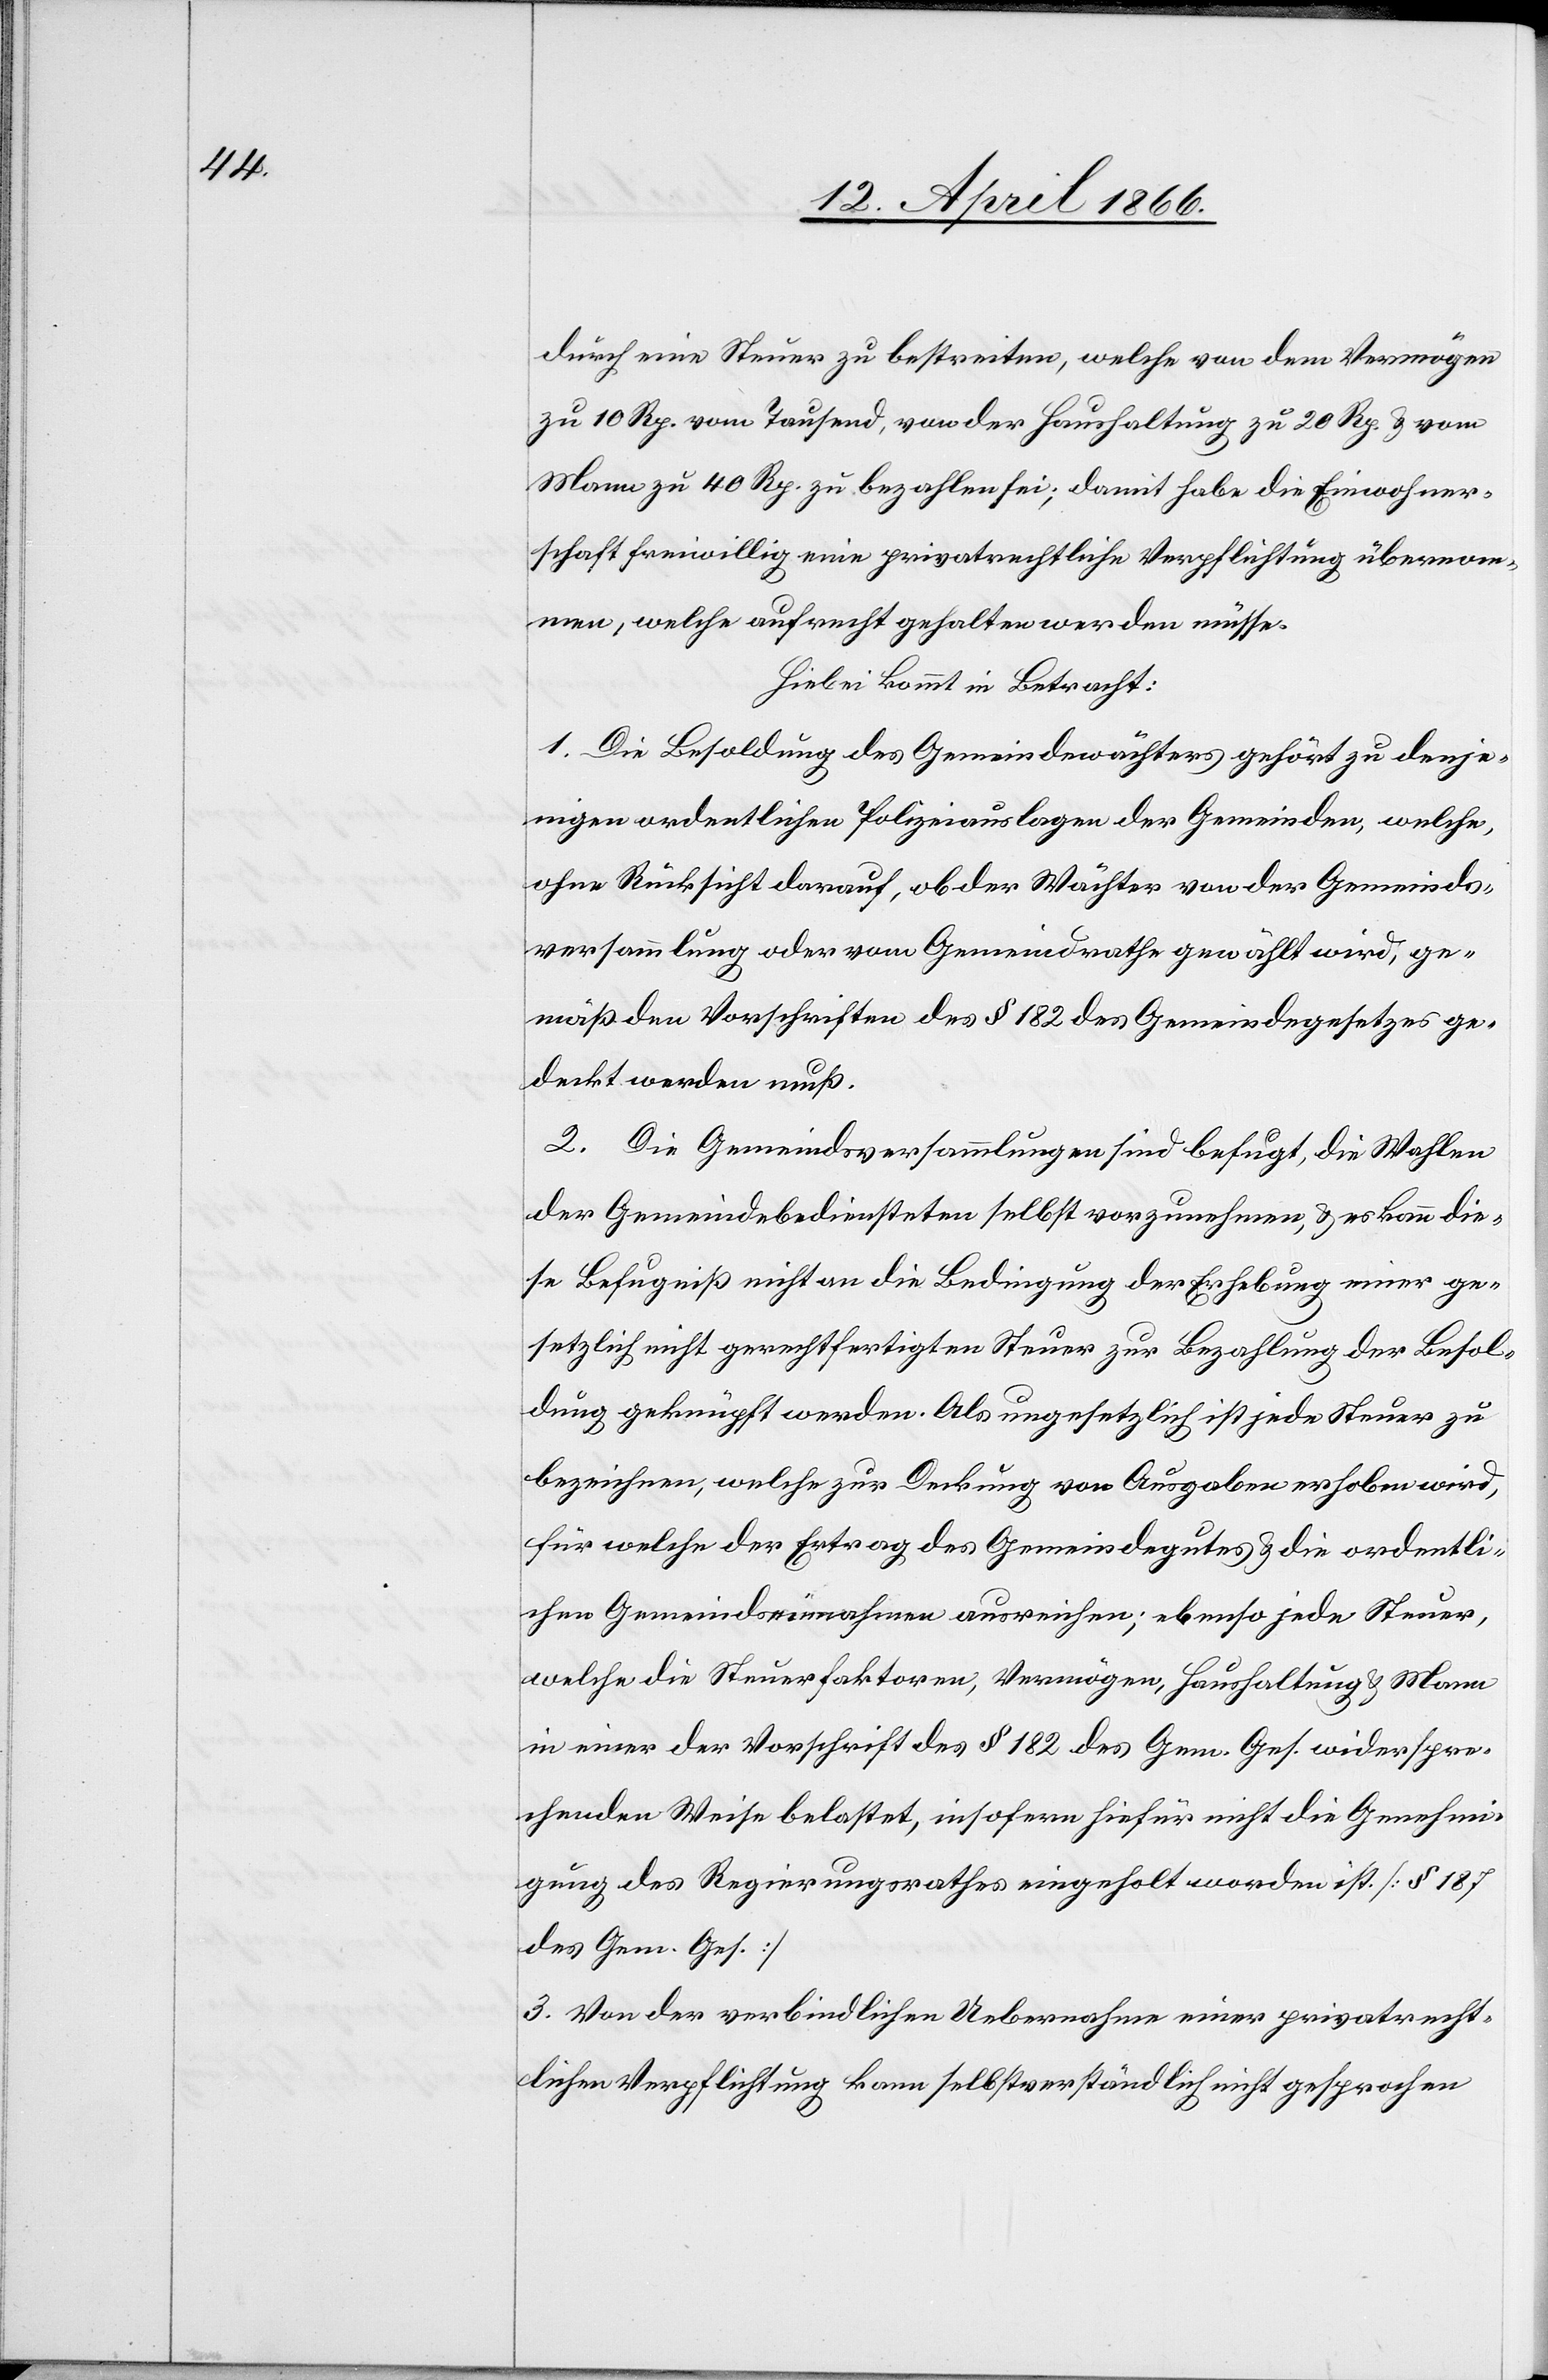
durch eine Steuer zu bestreiten, welche von dem Vermögen
zu 10 Rp. vom Tausend, von der Haushaltung zu 20 Rp. u. vom
Manne zu 40 Rp. zu bezahlen sei; damit habe die Einwohner¬
schaft freiwillig eine privatrechtliche Verpflichtung übernom¬
men, welche aufrecht gehalten werden müsse.
Hiebei kommt in Betracht:
1. Die Besoldung des Gemeindewächters gehört zu denje¬
nigen ordentlichen Polizeiauslagen der Gemeinden, welche,
ohne Rücksicht darauf, ob der Wächter von der Gemeinds¬
versammlung oder vom Gemeindrathe gewählt wird, ge¬
mäß den Vorschriften des § 182 des Gemeindegesetzes ge¬
deckt werden muß.
2. Die Gemeindsversammlungen sind befugt, die Wahlen
der Gemeindebediensteten selbst vorzunehmen, u. es kann die¬
se Befugniß nicht an die Bedingung der Erhebung einer ge¬
setzlich nicht gerechtfertigten Steuer zur Bezahlung der Besol¬
dung geknüpft werden. Als ungesetzlich ist jede Steuer zu
bezeichnen, welche zur Deckung von Ausgaben erhoben wird,
für welche der Ertrag des Gemeindegutes u. die ordentli¬
chen Gemeindeinnahmen ausreichen; ebenso jede Steuer,
welche die Steuerfaktoren, Vermögen, Haushaltungen u. Mann
in einer der Vorschrift des § 8 182 des Gem. Ges. widerspre¬
chenden Weise belastet, insofern hiefür nicht die Genehmi¬
gung des Regierungsrathes eingeholt worden ist. [§ 187
des Gem. Ges.]
3. Von der verbindlichen Uebernahme einer privatrecht¬
lichen Verpflichtung kann selbstverständlich nicht gesprochen